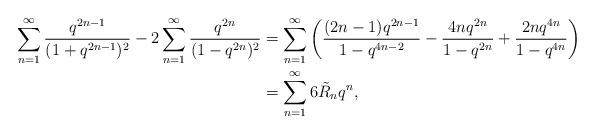
\begin{align*}\sum_{n=1}^\infty \frac{q^{2n-1}}{(1+q^{2n-1})^2}-2\sum_{n=1}^\infty \frac{q^{2n}}{(1-q^{2n})^2} &=\sum_{n=1}^\infty \left(\frac{(2n-1)q^{2n-1}}{1-q^{4n-2}}-\frac{4nq^{2n}}{1-q^{2n}} +\frac{2nq^{4n}}{1-q^{4n}} \right)\\&= \sum_{n=1}^\infty 6\tilde{R}_n q^n,\end{align*}